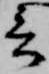
言